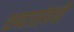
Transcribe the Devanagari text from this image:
शब्दासंबंधी